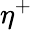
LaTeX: \eta^{+}